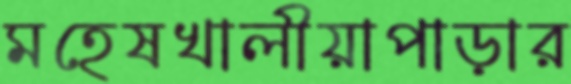
মহেষখালীয়াপাড়ার